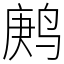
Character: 鹒